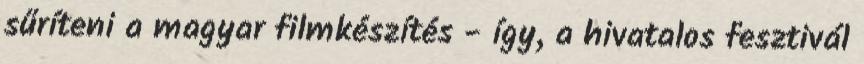
sűríteni a magyar filmkészítés - így, a hivatalos fesztivál